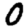
Digit: 0